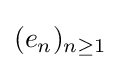
(e_{n})_{n\geq 1}